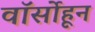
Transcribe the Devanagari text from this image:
वॉर्सोहून